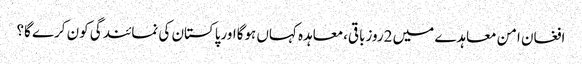
افغان امن معاہدے میں 2روزباقی،معاہدہ کہاں ہوگااورپاکستان کی نمائندگی کون کرے گا؟